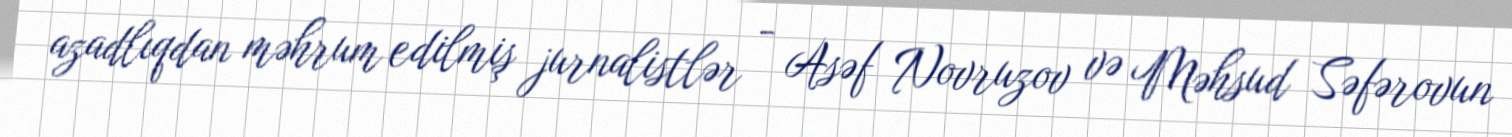
azadlıqdan məhrum edilmiş jurnalistlər - Asəf Novruzov və Məhsud Səfərovun